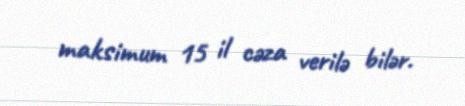
maksimum 15 il cəza verilə bilər.